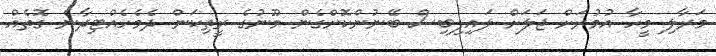
މަރާލި މީހާ އުމުރަށް ޖަލަށް ލައިފިބިސް ބޭނުންކޮށްގެން މޫނުގެ ރީތިކަން ދެމެހެއްޓިދާނެ ގޮތެއް